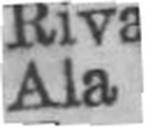
Ala